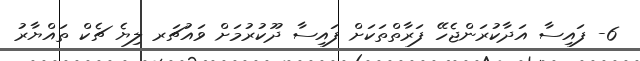
6- ފައިސާ އަދާކުރަންޖެހޭ ފަރާތްތަކަށް ފައިސާ ދޫކުރުމަށް ވައުޗަރ ލިޔެ ޗެކް ތައްޔާރު